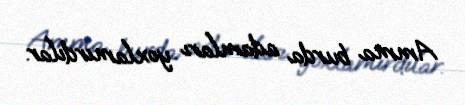
Amma burda adamları yoxlamırdılar.